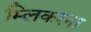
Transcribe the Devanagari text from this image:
म्लिकरना